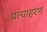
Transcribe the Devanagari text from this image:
प्रत्याहरण